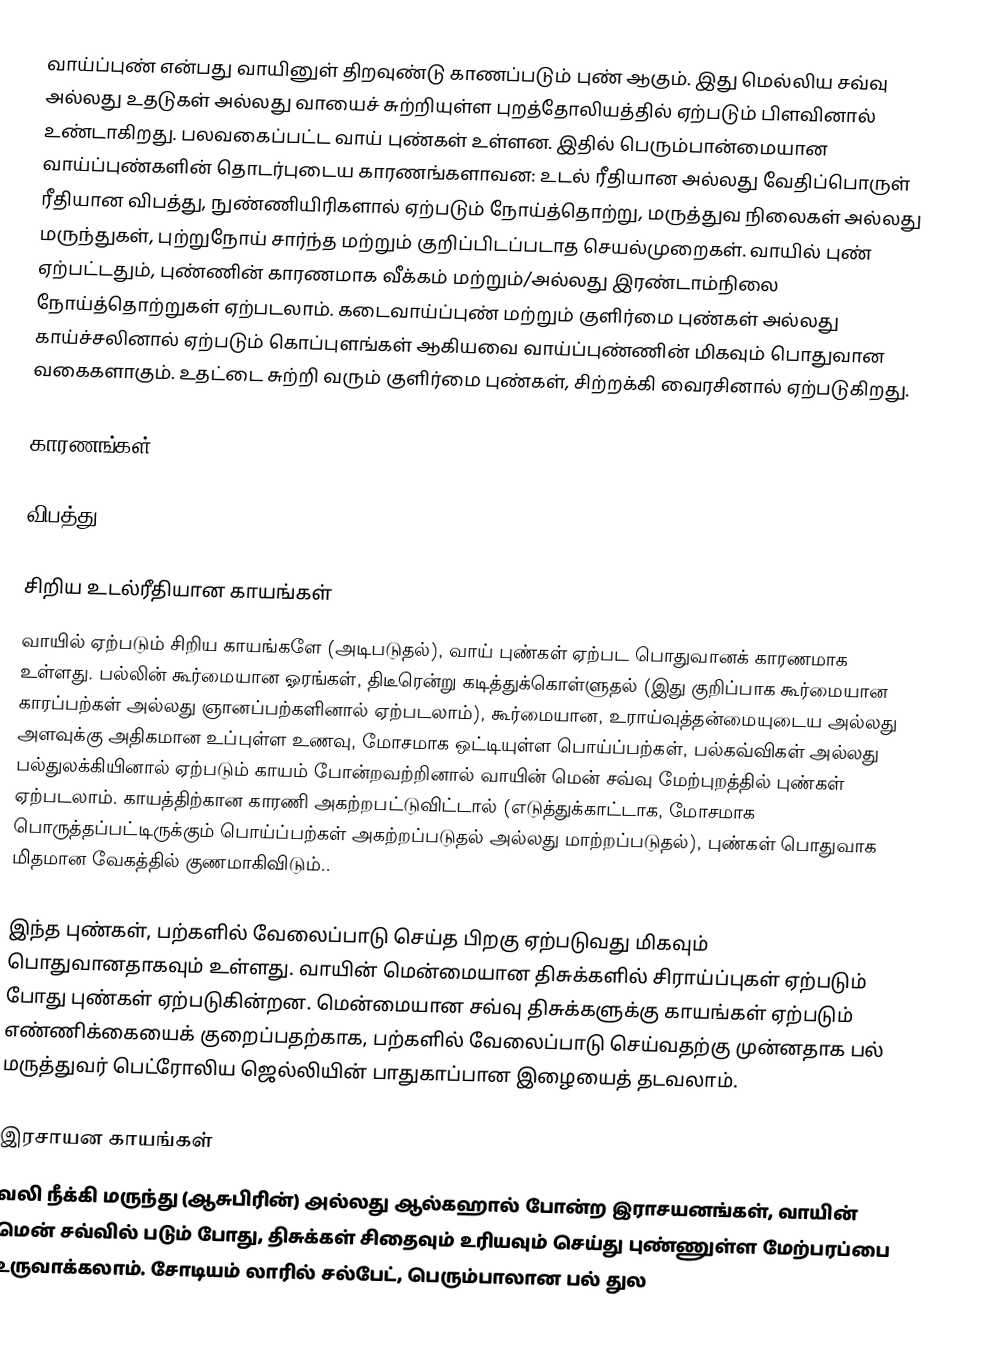
வாய்ப்புண் என்பது வாயினுள் திறவுண்டு காணப்படும் புண் ஆகும். இது மெல்லிய சவ்வு அல்லது உதடுகள் அல்லது வாயைச் சுற்றியுள்ள புறத்தோலியத்தில் ஏற்படும் பிளவினால் உண்டாகிறது. பலவகைப்பட்ட வாய் புண்கள் உள்ளன. இதில் பெரும்பான்மையான வாய்ப்புண்களின் தொடர்புடைய காரணங்களாவன: உடல் ரீதியான அல்லது வேதிப்பொருள் ரீதியான விபத்து, நுண்ணியிரிகளால் ஏற்படும் நோய்த்தொற்று, மருத்துவ நிலைகள் அல்லது மருந்துகள், புற்றுநோய் சார்ந்த மற்றும் குறிப்பிடப்படாத செயல்முறைகள். வாயில் புண் ஏற்பட்டதும், புண்ணின் காரணமாக வீக்கம் மற்றும்/அல்லது இரண்டாம்நிலை நோய்த்தொற்றுகள் ஏற்படலாம். கடைவாய்ப்புண் மற்றும் குளிர்மை புண்கள் அல்லது காய்ச்சலினால் ஏற்படும் கொப்புளங்கள் ஆகியவை வாய்ப்புண்ணின் மிகவும் பொதுவான வகைகளாகும். உதட்டை சுற்றி வரும் குளிர்மை புண்கள், சிற்றக்கி வைரசினால் ஏற்படுகிறது.

காரணங்கள்

விபத்து

சிறிய உடல்ரீதியான காயங்கள்
வாயில் ஏற்படும் சிறிய காயங்களே (அடிபடுதல்), வாய் புண்கள் ஏற்பட பொதுவானக் காரணமாக உள்ளது. பல்லின் கூர்மையான ஓரங்கள், திடீரென்று கடித்துக்கொள்ளுதல் (இது குறிப்பாக கூர்மையான காரப்பற்கள் அல்லது ஞானப்பற்களினால் ஏற்படலாம்), கூர்மையான, உராய்வுத்தன்மையுடைய அல்லது அளவுக்கு அதிகமான உப்புள்ள உணவு, மோசமாக ஒட்டியுள்ள பொய்ப்பற்கள், பல்கவ்விகள் அல்லது பல்துலக்கியினால் ஏற்படும் காயம் போன்றவற்றினால் வாயின் மென் சவ்வு மேற்புறத்தில் புண்கள் ஏற்படலாம். காயத்திற்கான காரணி அகற்றபட்டுவிட்டால் (எடுத்துக்காட்டாக, மோசமாக பொருத்தப்பட்டிருக்கும் பொய்ப்பற்கள் அகற்றப்படுதல் அல்லது மாற்றப்படுதல்), புண்கள் பொதுவாக மிதமான வேகத்தில் குணமாகிவிடும்..

இந்த புண்கள், பற்களில் வேலைப்பாடு செய்த பிறகு ஏற்படுவது மிகவும் பொதுவானதாகவும் உள்ளது. வாயின் மென்மையான திசுக்களில் சிராய்ப்புகள் ஏற்படும் போது புண்கள் ஏற்படுகின்றன. மென்மையான சவ்வு திசுக்களுக்கு காயங்கள் ஏற்படும் எண்ணிக்கையைக் குறைப்பதற்காக, பற்களில் வேலைப்பாடு செய்வதற்கு முன்னதாக பல் மருத்துவர் பெட்ரோலிய ஜெல்லியின் பாதுகாப்பான இழையைத் தடவலாம்.

இரசாயன காயங்கள்
வலி நீக்கி மருந்து (ஆசுபிரின்) அல்லது ஆல்கஹால் போன்ற இராசயனங்கள், வாயின் மென் சவ்வில் படும் போது, திசுக்கள் சிதைவும் உரியவும் செய்து புண்ணுள்ள மேற்பரப்பை உருவாக்கலாம். சோடியம் லாரில் சல்பேட், பெரும்பாலான பல் துல